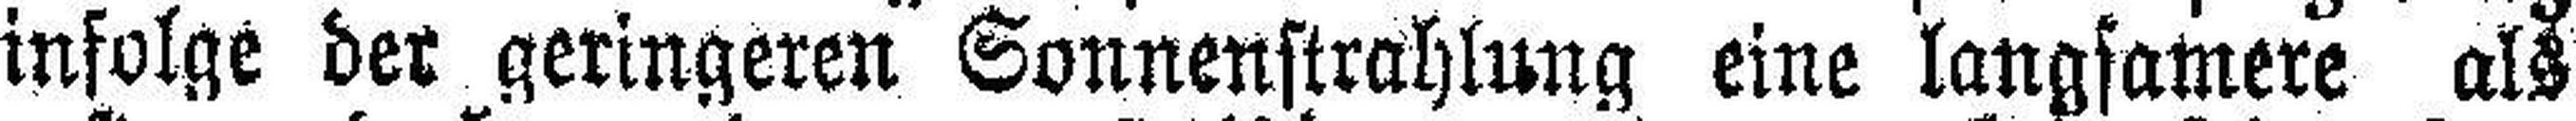
infolge der geringeren Sonnenstrahlung eine langsamere als